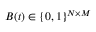
B ( t ) \in \{ 0 , 1 \} ^ { N \times M }